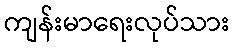
ကျန်းမာရေးလုပ်သား